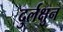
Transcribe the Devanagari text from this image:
दुर्लक्षुन